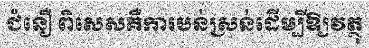
ជំនឿ ពិសេសគឺការបន់ស្រន់ដើម្បីឱ្យវត្ថុ